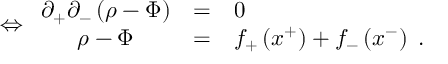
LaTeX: \Leftrightarrow \begin{array} { c c l } { { \partial _ { + } \partial _ { - } \left( \rho - \Phi \right) } } & { { = } } & { { 0 } } \\ { { \rho - \Phi } } & { { = } } & { { f _ { + } \left( x ^ { + } \right) + f _ { - } \left( x ^ { - } \right) \; . } } \end{array}